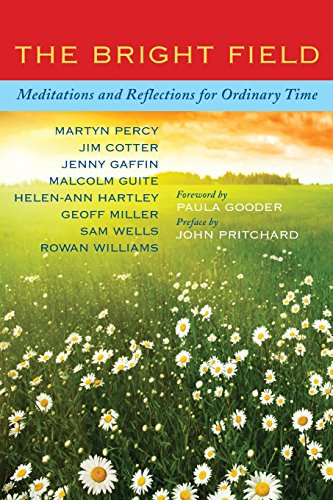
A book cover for The Bright Field: Readings, reflections and prayers for Ascension, Pentecost, Trinity and Ordinary Time; Martyn Percy; Christian Books & Bibles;